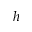
h